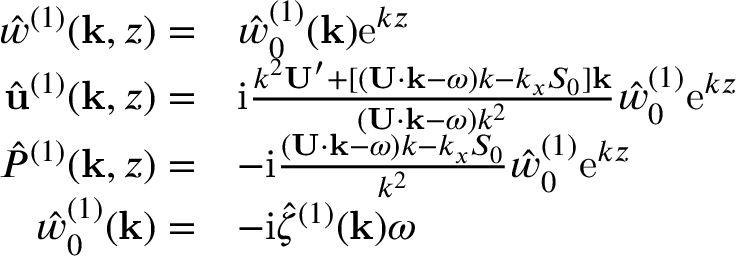
\begin{array} { r l } { \hat { w } ^ { ( 1 ) } ( \mathbf { k } , z ) = } & { \hat { w } _ { 0 } ^ { ( 1 ) } ( \mathbf { k } ) \mathrm { e } ^ { k z } } \\ { \hat { \mathbf { u } } ^ { ( 1 ) } ( \mathbf { k } , z ) = } & { \mathrm { i } \frac { k ^ { 2 } \mathbf { U } ^ { \prime } + [ ( \mathbf { U } \cdot \mathbf { k } - \omega ) k - k _ { x } S _ { 0 } ] \mathbf { k } } { ( \mathbf { U } \cdot \mathbf { k } - \omega ) k ^ { 2 } } \hat { w } _ { 0 } ^ { ( 1 ) } \mathrm { e } ^ { k z } } \\ { \hat { P } ^ { ( 1 ) } ( \mathbf { k } , z ) = } & { - \mathrm { i } \frac { ( \mathbf { U } \cdot \mathbf { k } - \omega ) k - k _ { x } S _ { 0 } } { k ^ { 2 } } \hat { w } _ { 0 } ^ { ( 1 ) } \mathrm { e } ^ { k z } } \\ { \hat { w } _ { 0 } ^ { ( 1 ) } ( \mathbf { k } ) = } & { - \mathrm { i } \hat { \zeta } ^ { ( 1 ) } ( \mathbf { k } ) \omega } \end{array}